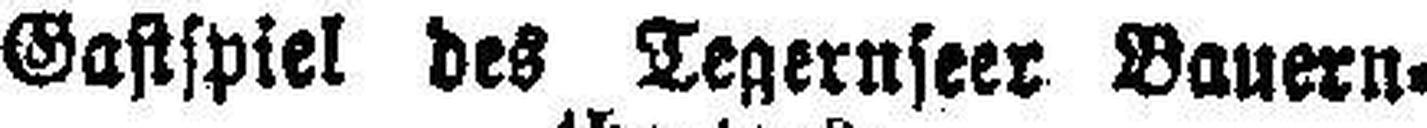
Gastspiel des Tegernseer Bauern¬